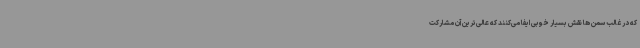
که در غالب سمن ها نقش بسیار خوبی ایفا می‌کنند که عالی‌ترین آن مشارکت